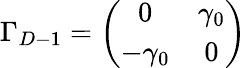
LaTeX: \Gamma_{D-1}=\left(\begin{array}{cc}{{0}}&{{\gamma_{0}}}\\ {{-\gamma_{0}}}&{{0}}\end{array}\right)